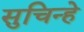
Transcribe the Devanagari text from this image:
सुचिन्हे